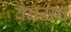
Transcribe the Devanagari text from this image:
बैनसन